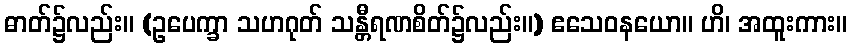
ဓာတ်၌လည်း။ (ဥပေက္ခာ သဟဂုတ် သန္တီရဏစိတ်၌လည်း။) ဧသေဝနယော။ ဟိ၊ အထူးကား။